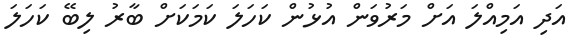
އަދި އަމިއްލަ އަށް މަރުވަން އުޅުން ކަހަލަ ކަމަކަށް ބާރު ލިބޭ ކަހަލަ